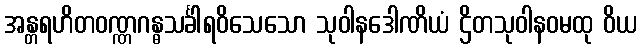
အန္တရဟိတဝဏ္ဏဂန္ဓသင်္ခါရဝိသေသော သုဝါနဒေါဏိယံ ဌိတသုဝါနဝမထု ဝိယ